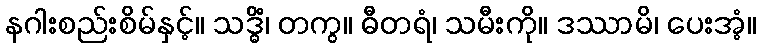
နဂါးစည်းစိမ်နှင့်။ သဒ္ဓိံ၊ တကွ။ ဓီတရံ၊ သမီးကို။ ဒဿာမိ၊ ပေးအံ့။